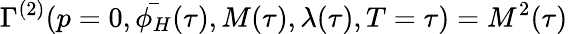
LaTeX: \Gamma^{(2)}(p=0,\bar{\phi_{H}}(\tau),M(\tau),\lambda(\tau),T=\tau)=M^{2}(\tau)